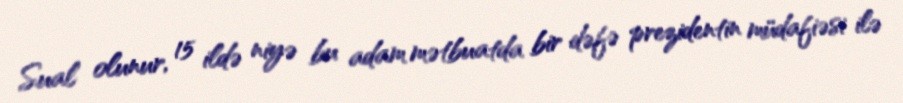
Sual olunur, 15 ildə niyə bu adam mətbuatda bir dəfə prezidentin müdafiəsi ilə